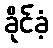
ခိုင်ခံ့